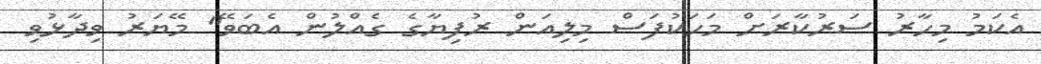
އެކަމު މިހާރު ސަރުކާރަށް މަހަކުފަސް މިލިއަން ރުފިޔާގެ ގެއްލުން އެބަވޭ" މޭޔަރު ވިދާޅުވި